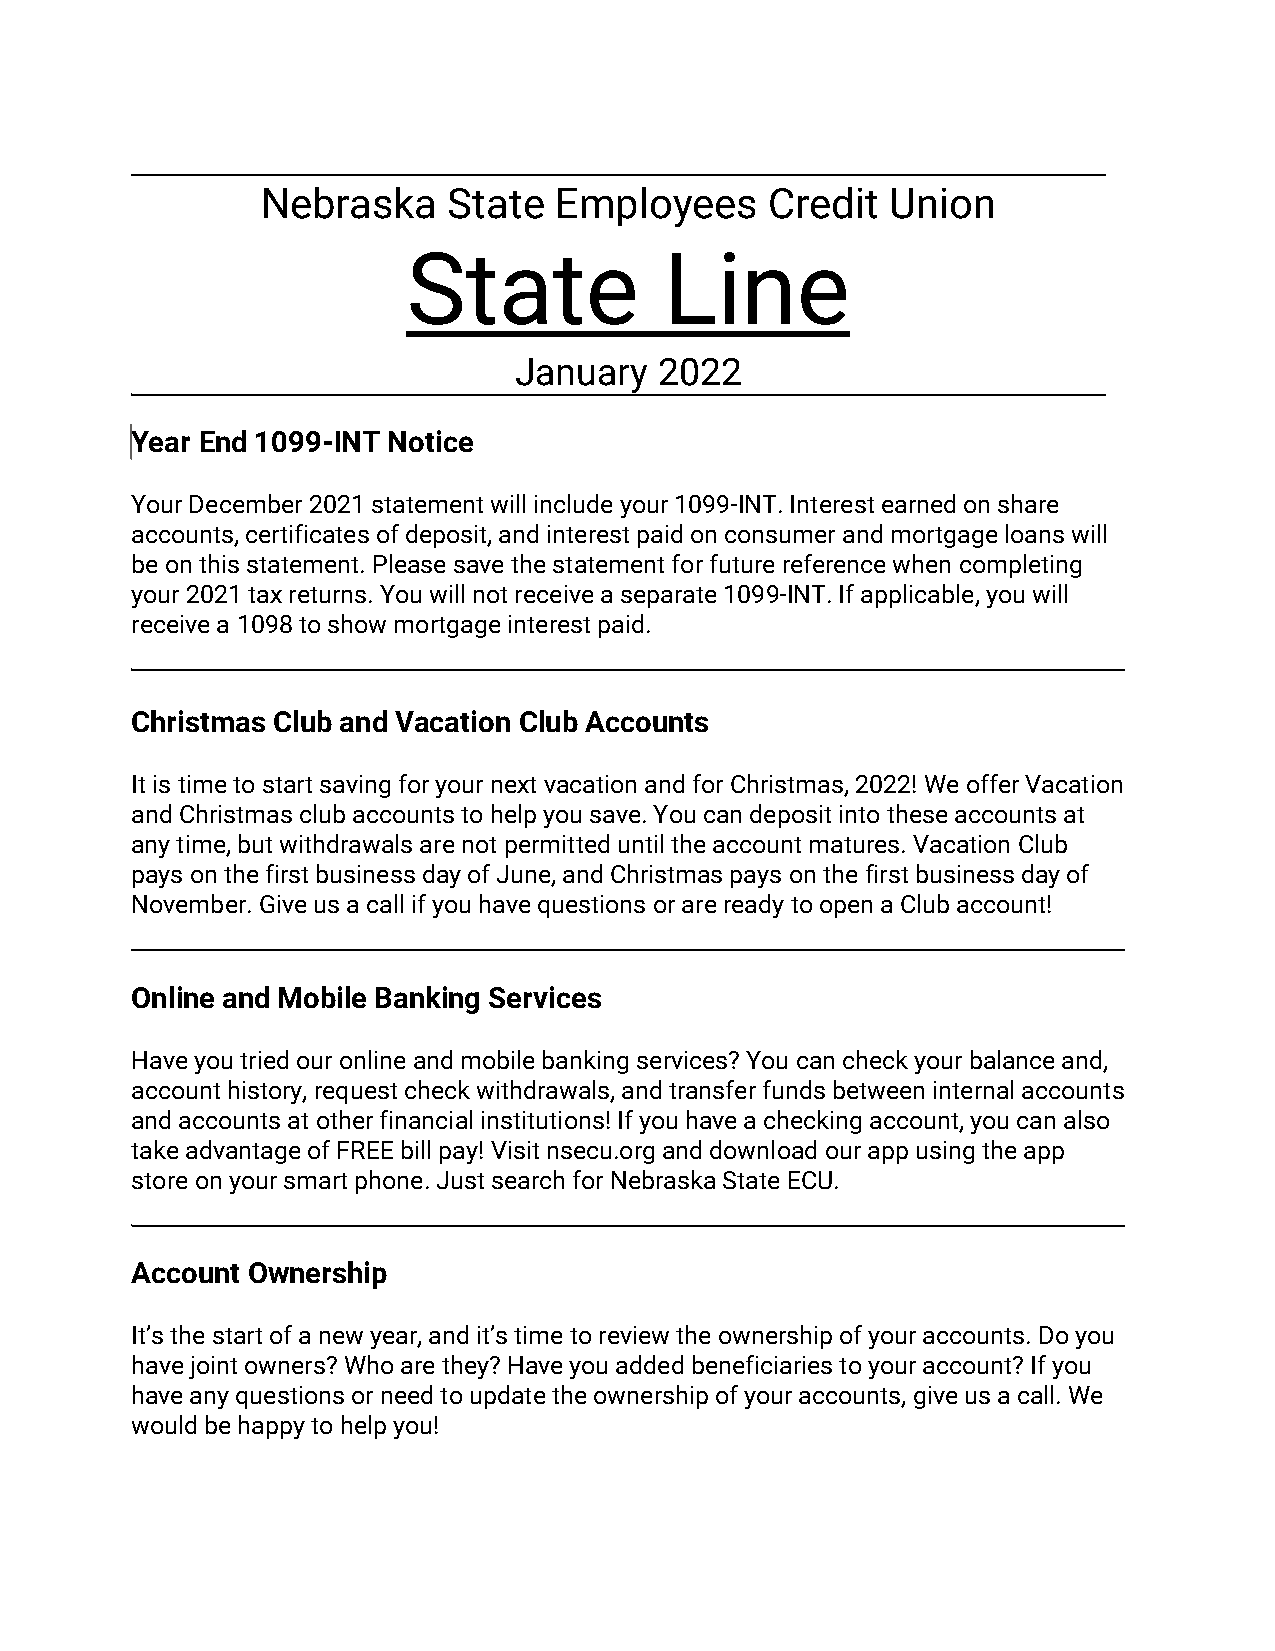
Nebraska     State  Employees     Credit  Union
 State            Line
 January   2022
 Year End 1099-INT Notice
 Your December 2021 statement will include your 1099-INT. Interest earned on share
 accounts, certificates of deposit, and interest paid on consumer and mortgage loans will
 be on this statement. Please save the statement for future reference when completing
 your 2021 tax returns. You will not receive a separate 1099-INT. If applicable, you will
 receive a 1098 to show mortgage interest paid.
 Christmas Club and Vacation Club Accounts
 It is time to start saving for your next vacation and for Christmas, 2022! We offer Vacation
 and Christmas club accounts to help you save. You can deposit into these accounts at
 any time, but withdrawals are not permitted until the account matures. Vacation Club
 pays on the first business day of June, and Christmas pays on the first business day of
 November. Give us a call if you have questions or are ready to open a Club account!
 Online and Mobile Banking Services
 Have you tried our online and mobile banking services? You can check your balance and,
 account history, request check withdrawals, and transfer funds between internal accounts
 and accounts at other financial institutions! If you have a checking account, you can also
 take advantage of FREE bill pay! Visit nsecu.org and download our app using the app
 store on your smart phone. Just search for Nebraska State ECU.
 Account Ownership
 It’s the start of a new year, and it’s time to review the ownership of your accounts. Do you
 have joint owners? Who are they? Have you added beneficiaries to your account? If you
 have any questions or need to update the ownership of your accounts, give us a call. We
 would be happy to help you!